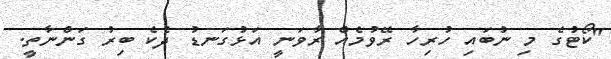
"ކޯޓުގެ މި ނުބައި ހުރިހާ ރޭވުމެއް ރާވަނީ އަޅުގަނޑު ދެކެ ބިރު ގަންނާތީ.